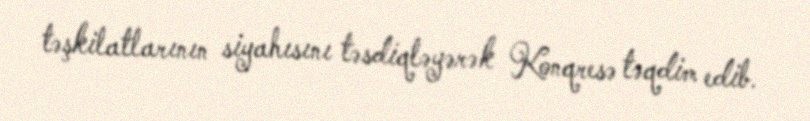
təşkilatlarının siyahısını təsdiqləyərək Konqresə təqdim edib.